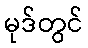
မုဒ်တွင်